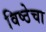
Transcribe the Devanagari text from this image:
विष्ठेचा